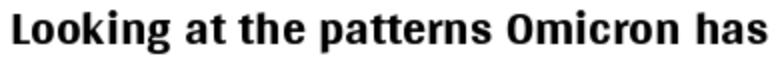
Looking at the patterns Omicron has